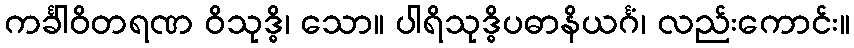
ကင်္ခါဝိတရဏ ဝိသုဒ္ဓိ၊ သော။ ပါရိသုဒ္ဓိပဓာနိယင်္ဂံ၊ လည်းကောင်း။